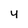
Character: y